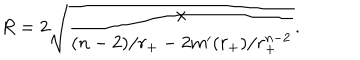
R = 2 \sqrt { \frac { x } { ( n - 2 ) / r _ { + } - 2 m ^ { \prime } ( r _ { + } ) / r _ { + } ^ { n - 2 } } } .